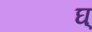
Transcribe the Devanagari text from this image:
घ्‌